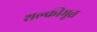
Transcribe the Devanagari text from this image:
शल्कीभूत